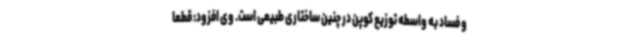
و فساد به واسطه توزیع کوپن در چنین ساختاری طبیعی است. وی افزود: قطعا